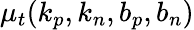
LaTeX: \mu_{t}(k_{p},k_{n},b_{p},b_{n})